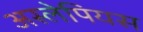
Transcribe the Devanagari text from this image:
अस्लेपियस